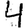
Digit: 4